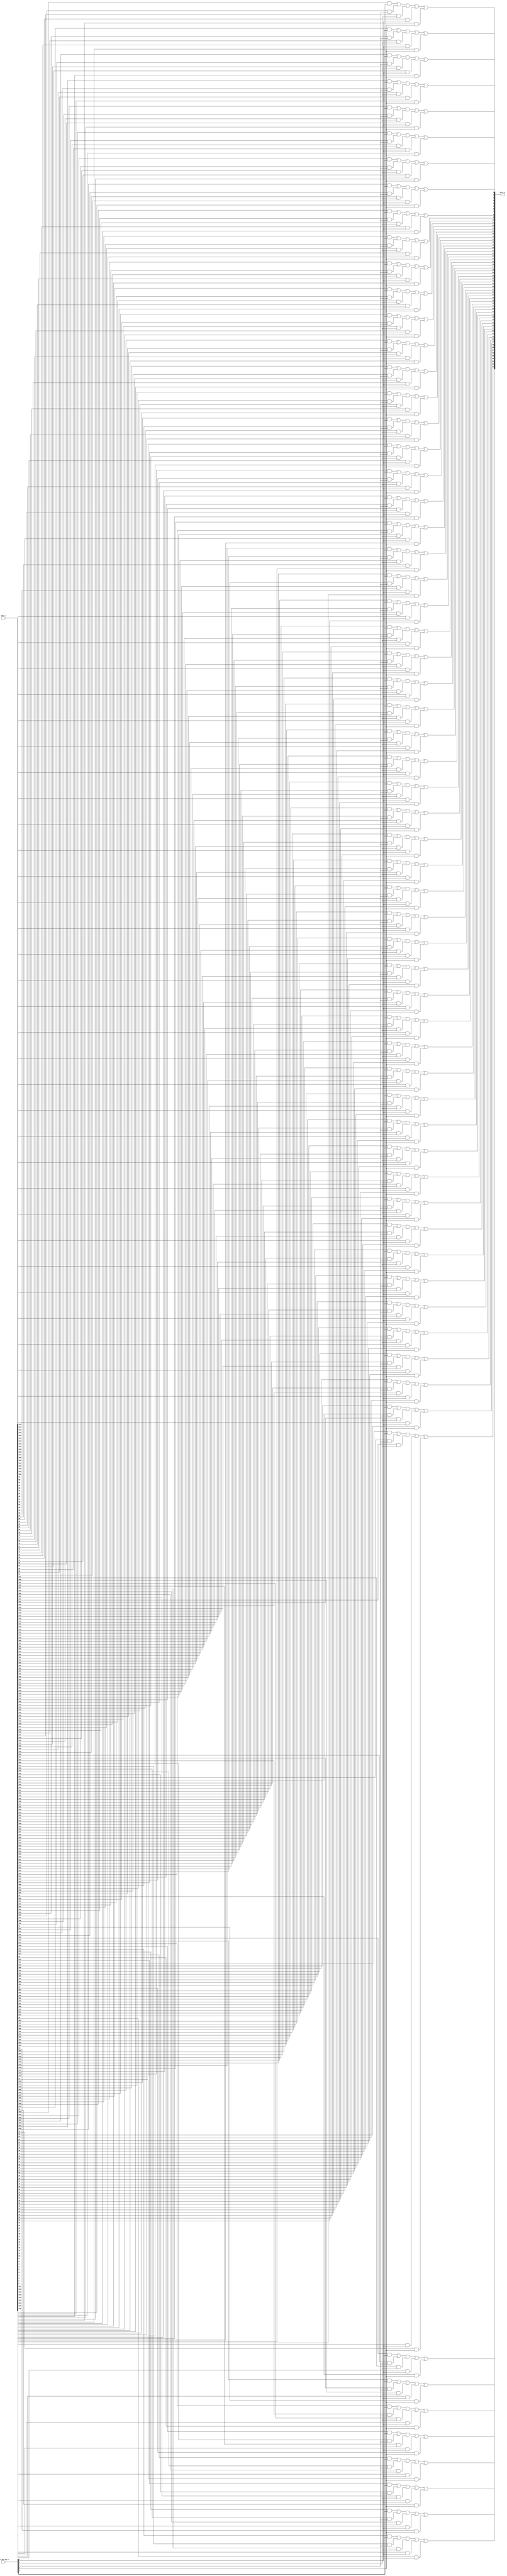
// This program was cloned from: https://github.com/NYU-MLDA/OpenABC
// License: BSD 3-Clause "New" or "Revised" License

module bsg_mux_one_hot_width_p64_els_p5
(
  data_i,
  sel_one_hot_i,
  data_o
);

  input [319:0] data_i;
  input [4:0] sel_one_hot_i;
  output [63:0] data_o;
  wire [63:0] data_o;
  wire N0,N1,N2,N3,N4,N5,N6,N7,N8,N9,N10,N11,N12,N13,N14,N15,N16,N17,N18,N19,N20,N21,
  N22,N23,N24,N25,N26,N27,N28,N29,N30,N31,N32,N33,N34,N35,N36,N37,N38,N39,N40,N41,
  N42,N43,N44,N45,N46,N47,N48,N49,N50,N51,N52,N53,N54,N55,N56,N57,N58,N59,N60,N61,
  N62,N63,N64,N65,N66,N67,N68,N69,N70,N71,N72,N73,N74,N75,N76,N77,N78,N79,N80,N81,
  N82,N83,N84,N85,N86,N87,N88,N89,N90,N91,N92,N93,N94,N95,N96,N97,N98,N99,N100,N101,
  N102,N103,N104,N105,N106,N107,N108,N109,N110,N111,N112,N113,N114,N115,N116,N117,
  N118,N119,N120,N121,N122,N123,N124,N125,N126,N127,N128,N129,N130,N131,N132,N133,
  N134,N135,N136,N137,N138,N139,N140,N141,N142,N143,N144,N145,N146,N147,N148,N149,
  N150,N151,N152,N153,N154,N155,N156,N157,N158,N159,N160,N161,N162,N163,N164,N165,
  N166,N167,N168,N169,N170,N171,N172,N173,N174,N175,N176,N177,N178,N179,N180,N181,
  N182,N183,N184,N185,N186,N187,N188,N189,N190,N191;
  wire [319:0] data_masked;
  assign data_masked[63] = data_i[63] & sel_one_hot_i[0];
  assign data_masked[62] = data_i[62] & sel_one_hot_i[0];
  assign data_masked[61] = data_i[61] & sel_one_hot_i[0];
  assign data_masked[60] = data_i[60] & sel_one_hot_i[0];
  assign data_masked[59] = data_i[59] & sel_one_hot_i[0];
  assign data_masked[58] = data_i[58] & sel_one_hot_i[0];
  assign data_masked[57] = data_i[57] & sel_one_hot_i[0];
  assign data_masked[56] = data_i[56] & sel_one_hot_i[0];
  assign data_masked[55] = data_i[55] & sel_one_hot_i[0];
  assign data_masked[54] = data_i[54] & sel_one_hot_i[0];
  assign data_masked[53] = data_i[53] & sel_one_hot_i[0];
  assign data_masked[52] = data_i[52] & sel_one_hot_i[0];
  assign data_masked[51] = data_i[51] & sel_one_hot_i[0];
  assign data_masked[50] = data_i[50] & sel_one_hot_i[0];
  assign data_masked[49] = data_i[49] & sel_one_hot_i[0];
  assign data_masked[48] = data_i[48] & sel_one_hot_i[0];
  assign data_masked[47] = data_i[47] & sel_one_hot_i[0];
  assign data_masked[46] = data_i[46] & sel_one_hot_i[0];
  assign data_masked[45] = data_i[45] & sel_one_hot_i[0];
  assign data_masked[44] = data_i[44] & sel_one_hot_i[0];
  assign data_masked[43] = data_i[43] & sel_one_hot_i[0];
  assign data_masked[42] = data_i[42] & sel_one_hot_i[0];
  assign data_masked[41] = data_i[41] & sel_one_hot_i[0];
  assign data_masked[40] = data_i[40] & sel_one_hot_i[0];
  assign data_masked[39] = data_i[39] & sel_one_hot_i[0];
  assign data_masked[38] = data_i[38] & sel_one_hot_i[0];
  assign data_masked[37] = data_i[37] & sel_one_hot_i[0];
  assign data_masked[36] = data_i[36] & sel_one_hot_i[0];
  assign data_masked[35] = data_i[35] & sel_one_hot_i[0];
  assign data_masked[34] = data_i[34] & sel_one_hot_i[0];
  assign data_masked[33] = data_i[33] & sel_one_hot_i[0];
  assign data_masked[32] = data_i[32] & sel_one_hot_i[0];
  assign data_masked[31] = data_i[31] & sel_one_hot_i[0];
  assign data_masked[30] = data_i[30] & sel_one_hot_i[0];
  assign data_masked[29] = data_i[29] & sel_one_hot_i[0];
  assign data_masked[28] = data_i[28] & sel_one_hot_i[0];
  assign data_masked[27] = data_i[27] & sel_one_hot_i[0];
  assign data_masked[26] = data_i[26] & sel_one_hot_i[0];
  assign data_masked[25] = data_i[25] & sel_one_hot_i[0];
  assign data_masked[24] = data_i[24] & sel_one_hot_i[0];
  assign data_masked[23] = data_i[23] & sel_one_hot_i[0];
  assign data_masked[22] = data_i[22] & sel_one_hot_i[0];
  assign data_masked[21] = data_i[21] & sel_one_hot_i[0];
  assign data_masked[20] = data_i[20] & sel_one_hot_i[0];
  assign data_masked[19] = data_i[19] & sel_one_hot_i[0];
  assign data_masked[18] = data_i[18] & sel_one_hot_i[0];
  assign data_masked[17] = data_i[17] & sel_one_hot_i[0];
  assign data_masked[16] = data_i[16] & sel_one_hot_i[0];
  assign data_masked[15] = data_i[15] & sel_one_hot_i[0];
  assign data_masked[14] = data_i[14] & sel_one_hot_i[0];
  assign data_masked[13] = data_i[13] & sel_one_hot_i[0];
  assign data_masked[12] = data_i[12] & sel_one_hot_i[0];
  assign data_masked[11] = data_i[11] & sel_one_hot_i[0];
  assign data_masked[10] = data_i[10] & sel_one_hot_i[0];
  assign data_masked[9] = data_i[9] & sel_one_hot_i[0];
  assign data_masked[8] = data_i[8] & sel_one_hot_i[0];
  assign data_masked[7] = data_i[7] & sel_one_hot_i[0];
  assign data_masked[6] = data_i[6] & sel_one_hot_i[0];
  assign data_masked[5] = data_i[5] & sel_one_hot_i[0];
  assign data_masked[4] = data_i[4] & sel_one_hot_i[0];
  assign data_masked[3] = data_i[3] & sel_one_hot_i[0];
  assign data_masked[2] = data_i[2] & sel_one_hot_i[0];
  assign data_masked[1] = data_i[1] & sel_one_hot_i[0];
  assign data_masked[0] = data_i[0] & sel_one_hot_i[0];
  assign data_masked[127] = data_i[127] & sel_one_hot_i[1];
  assign data_masked[126] = data_i[126] & sel_one_hot_i[1];
  assign data_masked[125] = data_i[125] & sel_one_hot_i[1];
  assign data_masked[124] = data_i[124] & sel_one_hot_i[1];
  assign data_masked[123] = data_i[123] & sel_one_hot_i[1];
  assign data_masked[122] = data_i[122] & sel_one_hot_i[1];
  assign data_masked[121] = data_i[121] & sel_one_hot_i[1];
  assign data_masked[120] = data_i[120] & sel_one_hot_i[1];
  assign data_masked[119] = data_i[119] & sel_one_hot_i[1];
  assign data_masked[118] = data_i[118] & sel_one_hot_i[1];
  assign data_masked[117] = data_i[117] & sel_one_hot_i[1];
  assign data_masked[116] = data_i[116] & sel_one_hot_i[1];
  assign data_masked[115] = data_i[115] & sel_one_hot_i[1];
  assign data_masked[114] = data_i[114] & sel_one_hot_i[1];
  assign data_masked[113] = data_i[113] & sel_one_hot_i[1];
  assign data_masked[112] = data_i[112] & sel_one_hot_i[1];
  assign data_masked[111] = data_i[111] & sel_one_hot_i[1];
  assign data_masked[110] = data_i[110] & sel_one_hot_i[1];
  assign data_masked[109] = data_i[109] & sel_one_hot_i[1];
  assign data_masked[108] = data_i[108] & sel_one_hot_i[1];
  assign data_masked[107] = data_i[107] & sel_one_hot_i[1];
  assign data_masked[106] = data_i[106] & sel_one_hot_i[1];
  assign data_masked[105] = data_i[105] & sel_one_hot_i[1];
  assign data_masked[104] = data_i[104] & sel_one_hot_i[1];
  assign data_masked[103] = data_i[103] & sel_one_hot_i[1];
  assign data_masked[102] = data_i[102] & sel_one_hot_i[1];
  assign data_masked[101] = data_i[101] & sel_one_hot_i[1];
  assign data_masked[100] = data_i[100] & sel_one_hot_i[1];
  assign data_masked[99] = data_i[99] & sel_one_hot_i[1];
  assign data_masked[98] = data_i[98] & sel_one_hot_i[1];
  assign data_masked[97] = data_i[97] & sel_one_hot_i[1];
  assign data_masked[96] = data_i[96] & sel_one_hot_i[1];
  assign data_masked[95] = data_i[95] & sel_one_hot_i[1];
  assign data_masked[94] = data_i[94] & sel_one_hot_i[1];
  assign data_masked[93] = data_i[93] & sel_one_hot_i[1];
  assign data_masked[92] = data_i[92] & sel_one_hot_i[1];
  assign data_masked[91] = data_i[91] & sel_one_hot_i[1];
  assign data_masked[90] = data_i[90] & sel_one_hot_i[1];
  assign data_masked[89] = data_i[89] & sel_one_hot_i[1];
  assign data_masked[88] = data_i[88] & sel_one_hot_i[1];
  assign data_masked[87] = data_i[87] & sel_one_hot_i[1];
  assign data_masked[86] = data_i[86] & sel_one_hot_i[1];
  assign data_masked[85] = data_i[85] & sel_one_hot_i[1];
  assign data_masked[84] = data_i[84] & sel_one_hot_i[1];
  assign data_masked[83] = data_i[83] & sel_one_hot_i[1];
  assign data_masked[82] = data_i[82] & sel_one_hot_i[1];
  assign data_masked[81] = data_i[81] & sel_one_hot_i[1];
  assign data_masked[80] = data_i[80] & sel_one_hot_i[1];
  assign data_masked[79] = data_i[79] & sel_one_hot_i[1];
  assign data_masked[78] = data_i[78] & sel_one_hot_i[1];
  assign data_masked[77] = data_i[77] & sel_one_hot_i[1];
  assign data_masked[76] = data_i[76] & sel_one_hot_i[1];
  assign data_masked[75] = data_i[75] & sel_one_hot_i[1];
  assign data_masked[74] = data_i[74] & sel_one_hot_i[1];
  assign data_masked[73] = data_i[73] & sel_one_hot_i[1];
  assign data_masked[72] = data_i[72] & sel_one_hot_i[1];
  assign data_masked[71] = data_i[71] & sel_one_hot_i[1];
  assign data_masked[70] = data_i[70] & sel_one_hot_i[1];
  assign data_masked[69] = data_i[69] & sel_one_hot_i[1];
  assign data_masked[68] = data_i[68] & sel_one_hot_i[1];
  assign data_masked[67] = data_i[67] & sel_one_hot_i[1];
  assign data_masked[66] = data_i[66] & sel_one_hot_i[1];
  assign data_masked[65] = data_i[65] & sel_one_hot_i[1];
  assign data_masked[64] = data_i[64] & sel_one_hot_i[1];
  assign data_masked[191] = data_i[191] & sel_one_hot_i[2];
  assign data_masked[190] = data_i[190] & sel_one_hot_i[2];
  assign data_masked[189] = data_i[189] & sel_one_hot_i[2];
  assign data_masked[188] = data_i[188] & sel_one_hot_i[2];
  assign data_masked[187] = data_i[187] & sel_one_hot_i[2];
  assign data_masked[186] = data_i[186] & sel_one_hot_i[2];
  assign data_masked[185] = data_i[185] & sel_one_hot_i[2];
  assign data_masked[184] = data_i[184] & sel_one_hot_i[2];
  assign data_masked[183] = data_i[183] & sel_one_hot_i[2];
  assign data_masked[182] = data_i[182] & sel_one_hot_i[2];
  assign data_masked[181] = data_i[181] & sel_one_hot_i[2];
  assign data_masked[180] = data_i[180] & sel_one_hot_i[2];
  assign data_masked[179] = data_i[179] & sel_one_hot_i[2];
  assign data_masked[178] = data_i[178] & sel_one_hot_i[2];
  assign data_masked[177] = data_i[177] & sel_one_hot_i[2];
  assign data_masked[176] = data_i[176] & sel_one_hot_i[2];
  assign data_masked[175] = data_i[175] & sel_one_hot_i[2];
  assign data_masked[174] = data_i[174] & sel_one_hot_i[2];
  assign data_masked[173] = data_i[173] & sel_one_hot_i[2];
  assign data_masked[172] = data_i[172] & sel_one_hot_i[2];
  assign data_masked[171] = data_i[171] & sel_one_hot_i[2];
  assign data_masked[170] = data_i[170] & sel_one_hot_i[2];
  assign data_masked[169] = data_i[169] & sel_one_hot_i[2];
  assign data_masked[168] = data_i[168] & sel_one_hot_i[2];
  assign data_masked[167] = data_i[167] & sel_one_hot_i[2];
  assign data_masked[166] = data_i[166] & sel_one_hot_i[2];
  assign data_masked[165] = data_i[165] & sel_one_hot_i[2];
  assign data_masked[164] = data_i[164] & sel_one_hot_i[2];
  assign data_masked[163] = data_i[163] & sel_one_hot_i[2];
  assign data_masked[162] = data_i[162] & sel_one_hot_i[2];
  assign data_masked[161] = data_i[161] & sel_one_hot_i[2];
  assign data_masked[160] = data_i[160] & sel_one_hot_i[2];
  assign data_masked[159] = data_i[159] & sel_one_hot_i[2];
  assign data_masked[158] = data_i[158] & sel_one_hot_i[2];
  assign data_masked[157] = data_i[157] & sel_one_hot_i[2];
  assign data_masked[156] = data_i[156] & sel_one_hot_i[2];
  assign data_masked[155] = data_i[155] & sel_one_hot_i[2];
  assign data_masked[154] = data_i[154] & sel_one_hot_i[2];
  assign data_masked[153] = data_i[153] & sel_one_hot_i[2];
  assign data_masked[152] = data_i[152] & sel_one_hot_i[2];
  assign data_masked[151] = data_i[151] & sel_one_hot_i[2];
  assign data_masked[150] = data_i[150] & sel_one_hot_i[2];
  assign data_masked[149] = data_i[149] & sel_one_hot_i[2];
  assign data_masked[148] = data_i[148] & sel_one_hot_i[2];
  assign data_masked[147] = data_i[147] & sel_one_hot_i[2];
  assign data_masked[146] = data_i[146] & sel_one_hot_i[2];
  assign data_masked[145] = data_i[145] & sel_one_hot_i[2];
  assign data_masked[144] = data_i[144] & sel_one_hot_i[2];
  assign data_masked[143] = data_i[143] & sel_one_hot_i[2];
  assign data_masked[142] = data_i[142] & sel_one_hot_i[2];
  assign data_masked[141] = data_i[141] & sel_one_hot_i[2];
  assign data_masked[140] = data_i[140] & sel_one_hot_i[2];
  assign data_masked[139] = data_i[139] & sel_one_hot_i[2];
  assign data_masked[138] = data_i[138] & sel_one_hot_i[2];
  assign data_masked[137] = data_i[137] & sel_one_hot_i[2];
  assign data_masked[136] = data_i[136] & sel_one_hot_i[2];
  assign data_masked[135] = data_i[135] & sel_one_hot_i[2];
  assign data_masked[134] = data_i[134] & sel_one_hot_i[2];
  assign data_masked[133] = data_i[133] & sel_one_hot_i[2];
  assign data_masked[132] = data_i[132] & sel_one_hot_i[2];
  assign data_masked[131] = data_i[131] & sel_one_hot_i[2];
  assign data_masked[130] = data_i[130] & sel_one_hot_i[2];
  assign data_masked[129] = data_i[129] & sel_one_hot_i[2];
  assign data_masked[128] = data_i[128] & sel_one_hot_i[2];
  assign data_masked[255] = data_i[255] & sel_one_hot_i[3];
  assign data_masked[254] = data_i[254] & sel_one_hot_i[3];
  assign data_masked[253] = data_i[253] & sel_one_hot_i[3];
  assign data_masked[252] = data_i[252] & sel_one_hot_i[3];
  assign data_masked[251] = data_i[251] & sel_one_hot_i[3];
  assign data_masked[250] = data_i[250] & sel_one_hot_i[3];
  assign data_masked[249] = data_i[249] & sel_one_hot_i[3];
  assign data_masked[248] = data_i[248] & sel_one_hot_i[3];
  assign data_masked[247] = data_i[247] & sel_one_hot_i[3];
  assign data_masked[246] = data_i[246] & sel_one_hot_i[3];
  assign data_masked[245] = data_i[245] & sel_one_hot_i[3];
  assign data_masked[244] = data_i[244] & sel_one_hot_i[3];
  assign data_masked[243] = data_i[243] & sel_one_hot_i[3];
  assign data_masked[242] = data_i[242] & sel_one_hot_i[3];
  assign data_masked[241] = data_i[241] & sel_one_hot_i[3];
  assign data_masked[240] = data_i[240] & sel_one_hot_i[3];
  assign data_masked[239] = data_i[239] & sel_one_hot_i[3];
  assign data_masked[238] = data_i[238] & sel_one_hot_i[3];
  assign data_masked[237] = data_i[237] & sel_one_hot_i[3];
  assign data_masked[236] = data_i[236] & sel_one_hot_i[3];
  assign data_masked[235] = data_i[235] & sel_one_hot_i[3];
  assign data_masked[234] = data_i[234] & sel_one_hot_i[3];
  assign data_masked[233] = data_i[233] & sel_one_hot_i[3];
  assign data_masked[232] = data_i[232] & sel_one_hot_i[3];
  assign data_masked[231] = data_i[231] & sel_one_hot_i[3];
  assign data_masked[230] = data_i[230] & sel_one_hot_i[3];
  assign data_masked[229] = data_i[229] & sel_one_hot_i[3];
  assign data_masked[228] = data_i[228] & sel_one_hot_i[3];
  assign data_masked[227] = data_i[227] & sel_one_hot_i[3];
  assign data_masked[226] = data_i[226] & sel_one_hot_i[3];
  assign data_masked[225] = data_i[225] & sel_one_hot_i[3];
  assign data_masked[224] = data_i[224] & sel_one_hot_i[3];
  assign data_masked[223] = data_i[223] & sel_one_hot_i[3];
  assign data_masked[222] = data_i[222] & sel_one_hot_i[3];
  assign data_masked[221] = data_i[221] & sel_one_hot_i[3];
  assign data_masked[220] = data_i[220] & sel_one_hot_i[3];
  assign data_masked[219] = data_i[219] & sel_one_hot_i[3];
  assign data_masked[218] = data_i[218] & sel_one_hot_i[3];
  assign data_masked[217] = data_i[217] & sel_one_hot_i[3];
  assign data_masked[216] = data_i[216] & sel_one_hot_i[3];
  assign data_masked[215] = data_i[215] & sel_one_hot_i[3];
  assign data_masked[214] = data_i[214] & sel_one_hot_i[3];
  assign data_masked[213] = data_i[213] & sel_one_hot_i[3];
  assign data_masked[212] = data_i[212] & sel_one_hot_i[3];
  assign data_masked[211] = data_i[211] & sel_one_hot_i[3];
  assign data_masked[210] = data_i[210] & sel_one_hot_i[3];
  assign data_masked[209] = data_i[209] & sel_one_hot_i[3];
  assign data_masked[208] = data_i[208] & sel_one_hot_i[3];
  assign data_masked[207] = data_i[207] & sel_one_hot_i[3];
  assign data_masked[206] = data_i[206] & sel_one_hot_i[3];
  assign data_masked[205] = data_i[205] & sel_one_hot_i[3];
  assign data_masked[204] = data_i[204] & sel_one_hot_i[3];
  assign data_masked[203] = data_i[203] & sel_one_hot_i[3];
  assign data_masked[202] = data_i[202] & sel_one_hot_i[3];
  assign data_masked[201] = data_i[201] & sel_one_hot_i[3];
  assign data_masked[200] = data_i[200] & sel_one_hot_i[3];
  assign data_masked[199] = data_i[199] & sel_one_hot_i[3];
  assign data_masked[198] = data_i[198] & sel_one_hot_i[3];
  assign data_masked[197] = data_i[197] & sel_one_hot_i[3];
  assign data_masked[196] = data_i[196] & sel_one_hot_i[3];
  assign data_masked[195] = data_i[195] & sel_one_hot_i[3];
  assign data_masked[194] = data_i[194] & sel_one_hot_i[3];
  assign data_masked[193] = data_i[193] & sel_one_hot_i[3];
  assign data_masked[192] = data_i[192] & sel_one_hot_i[3];
  assign data_masked[319] = data_i[319] & sel_one_hot_i[4];
  assign data_masked[318] = data_i[318] & sel_one_hot_i[4];
  assign data_masked[317] = data_i[317] & sel_one_hot_i[4];
  assign data_masked[316] = data_i[316] & sel_one_hot_i[4];
  assign data_masked[315] = data_i[315] & sel_one_hot_i[4];
  assign data_masked[314] = data_i[314] & sel_one_hot_i[4];
  assign data_masked[313] = data_i[313] & sel_one_hot_i[4];
  assign data_masked[312] = data_i[312] & sel_one_hot_i[4];
  assign data_masked[311] = data_i[311] & sel_one_hot_i[4];
  assign data_masked[310] = data_i[310] & sel_one_hot_i[4];
  assign data_masked[309] = data_i[309] & sel_one_hot_i[4];
  assign data_masked[308] = data_i[308] & sel_one_hot_i[4];
  assign data_masked[307] = data_i[307] & sel_one_hot_i[4];
  assign data_masked[306] = data_i[306] & sel_one_hot_i[4];
  assign data_masked[305] = data_i[305] & sel_one_hot_i[4];
  assign data_masked[304] = data_i[304] & sel_one_hot_i[4];
  assign data_masked[303] = data_i[303] & sel_one_hot_i[4];
  assign data_masked[302] = data_i[302] & sel_one_hot_i[4];
  assign data_masked[301] = data_i[301] & sel_one_hot_i[4];
  assign data_masked[300] = data_i[300] & sel_one_hot_i[4];
  assign data_masked[299] = data_i[299] & sel_one_hot_i[4];
  assign data_masked[298] = data_i[298] & sel_one_hot_i[4];
  assign data_masked[297] = data_i[297] & sel_one_hot_i[4];
  assign data_masked[296] = data_i[296] & sel_one_hot_i[4];
  assign data_masked[295] = data_i[295] & sel_one_hot_i[4];
  assign data_masked[294] = data_i[294] & sel_one_hot_i[4];
  assign data_masked[293] = data_i[293] & sel_one_hot_i[4];
  assign data_masked[292] = data_i[292] & sel_one_hot_i[4];
  assign data_masked[291] = data_i[291] & sel_one_hot_i[4];
  assign data_masked[290] = data_i[290] & sel_one_hot_i[4];
  assign data_masked[289] = data_i[289] & sel_one_hot_i[4];
  assign data_masked[288] = data_i[288] & sel_one_hot_i[4];
  assign data_masked[287] = data_i[287] & sel_one_hot_i[4];
  assign data_masked[286] = data_i[286] & sel_one_hot_i[4];
  assign data_masked[285] = data_i[285] & sel_one_hot_i[4];
  assign data_masked[284] = data_i[284] & sel_one_hot_i[4];
  assign data_masked[283] = data_i[283] & sel_one_hot_i[4];
  assign data_masked[282] = data_i[282] & sel_one_hot_i[4];
  assign data_masked[281] = data_i[281] & sel_one_hot_i[4];
  assign data_masked[280] = data_i[280] & sel_one_hot_i[4];
  assign data_masked[279] = data_i[279] & sel_one_hot_i[4];
  assign data_masked[278] = data_i[278] & sel_one_hot_i[4];
  assign data_masked[277] = data_i[277] & sel_one_hot_i[4];
  assign data_masked[276] = data_i[276] & sel_one_hot_i[4];
  assign data_masked[275] = data_i[275] & sel_one_hot_i[4];
  assign data_masked[274] = data_i[274] & sel_one_hot_i[4];
  assign data_masked[273] = data_i[273] & sel_one_hot_i[4];
  assign data_masked[272] = data_i[272] & sel_one_hot_i[4];
  assign data_masked[271] = data_i[271] & sel_one_hot_i[4];
  assign data_masked[270] = data_i[270] & sel_one_hot_i[4];
  assign data_masked[269] = data_i[269] & sel_one_hot_i[4];
  assign data_masked[268] = data_i[268] & sel_one_hot_i[4];
  assign data_masked[267] = data_i[267] & sel_one_hot_i[4];
  assign data_masked[266] = data_i[266] & sel_one_hot_i[4];
  assign data_masked[265] = data_i[265] & sel_one_hot_i[4];
  assign data_masked[264] = data_i[264] & sel_one_hot_i[4];
  assign data_masked[263] = data_i[263] & sel_one_hot_i[4];
  assign data_masked[262] = data_i[262] & sel_one_hot_i[4];
  assign data_masked[261] = data_i[261] & sel_one_hot_i[4];
  assign data_masked[260] = data_i[260] & sel_one_hot_i[4];
  assign data_masked[259] = data_i[259] & sel_one_hot_i[4];
  assign data_masked[258] = data_i[258] & sel_one_hot_i[4];
  assign data_masked[257] = data_i[257] & sel_one_hot_i[4];
  assign data_masked[256] = data_i[256] & sel_one_hot_i[4];
  assign data_o[0] = N2 | data_masked[0];
  assign N2 = N1 | data_masked[64];
  assign N1 = N0 | data_masked[128];
  assign N0 = data_masked[256] | data_masked[192];
  assign data_o[1] = N5 | data_masked[1];
  assign N5 = N4 | data_masked[65];
  assign N4 = N3 | data_masked[129];
  assign N3 = data_masked[257] | data_masked[193];
  assign data_o[2] = N8 | data_masked[2];
  assign N8 = N7 | data_masked[66];
  assign N7 = N6 | data_masked[130];
  assign N6 = data_masked[258] | data_masked[194];
  assign data_o[3] = N11 | data_masked[3];
  assign N11 = N10 | data_masked[67];
  assign N10 = N9 | data_masked[131];
  assign N9 = data_masked[259] | data_masked[195];
  assign data_o[4] = N14 | data_masked[4];
  assign N14 = N13 | data_masked[68];
  assign N13 = N12 | data_masked[132];
  assign N12 = data_masked[260] | data_masked[196];
  assign data_o[5] = N17 | data_masked[5];
  assign N17 = N16 | data_masked[69];
  assign N16 = N15 | data_masked[133];
  assign N15 = data_masked[261] | data_masked[197];
  assign data_o[6] = N20 | data_masked[6];
  assign N20 = N19 | data_masked[70];
  assign N19 = N18 | data_masked[134];
  assign N18 = data_masked[262] | data_masked[198];
  assign data_o[7] = N23 | data_masked[7];
  assign N23 = N22 | data_masked[71];
  assign N22 = N21 | data_masked[135];
  assign N21 = data_masked[263] | data_masked[199];
  assign data_o[8] = N26 | data_masked[8];
  assign N26 = N25 | data_masked[72];
  assign N25 = N24 | data_masked[136];
  assign N24 = data_masked[264] | data_masked[200];
  assign data_o[9] = N29 | data_masked[9];
  assign N29 = N28 | data_masked[73];
  assign N28 = N27 | data_masked[137];
  assign N27 = data_masked[265] | data_masked[201];
  assign data_o[10] = N32 | data_masked[10];
  assign N32 = N31 | data_masked[74];
  assign N31 = N30 | data_masked[138];
  assign N30 = data_masked[266] | data_masked[202];
  assign data_o[11] = N35 | data_masked[11];
  assign N35 = N34 | data_masked[75];
  assign N34 = N33 | data_masked[139];
  assign N33 = data_masked[267] | data_masked[203];
  assign data_o[12] = N38 | data_masked[12];
  assign N38 = N37 | data_masked[76];
  assign N37 = N36 | data_masked[140];
  assign N36 = data_masked[268] | data_masked[204];
  assign data_o[13] = N41 | data_masked[13];
  assign N41 = N40 | data_masked[77];
  assign N40 = N39 | data_masked[141];
  assign N39 = data_masked[269] | data_masked[205];
  assign data_o[14] = N44 | data_masked[14];
  assign N44 = N43 | data_masked[78];
  assign N43 = N42 | data_masked[142];
  assign N42 = data_masked[270] | data_masked[206];
  assign data_o[15] = N47 | data_masked[15];
  assign N47 = N46 | data_masked[79];
  assign N46 = N45 | data_masked[143];
  assign N45 = data_masked[271] | data_masked[207];
  assign data_o[16] = N50 | data_masked[16];
  assign N50 = N49 | data_masked[80];
  assign N49 = N48 | data_masked[144];
  assign N48 = data_masked[272] | data_masked[208];
  assign data_o[17] = N53 | data_masked[17];
  assign N53 = N52 | data_masked[81];
  assign N52 = N51 | data_masked[145];
  assign N51 = data_masked[273] | data_masked[209];
  assign data_o[18] = N56 | data_masked[18];
  assign N56 = N55 | data_masked[82];
  assign N55 = N54 | data_masked[146];
  assign N54 = data_masked[274] | data_masked[210];
  assign data_o[19] = N59 | data_masked[19];
  assign N59 = N58 | data_masked[83];
  assign N58 = N57 | data_masked[147];
  assign N57 = data_masked[275] | data_masked[211];
  assign data_o[20] = N62 | data_masked[20];
  assign N62 = N61 | data_masked[84];
  assign N61 = N60 | data_masked[148];
  assign N60 = data_masked[276] | data_masked[212];
  assign data_o[21] = N65 | data_masked[21];
  assign N65 = N64 | data_masked[85];
  assign N64 = N63 | data_masked[149];
  assign N63 = data_masked[277] | data_masked[213];
  assign data_o[22] = N68 | data_masked[22];
  assign N68 = N67 | data_masked[86];
  assign N67 = N66 | data_masked[150];
  assign N66 = data_masked[278] | data_masked[214];
  assign data_o[23] = N71 | data_masked[23];
  assign N71 = N70 | data_masked[87];
  assign N70 = N69 | data_masked[151];
  assign N69 = data_masked[279] | data_masked[215];
  assign data_o[24] = N74 | data_masked[24];
  assign N74 = N73 | data_masked[88];
  assign N73 = N72 | data_masked[152];
  assign N72 = data_masked[280] | data_masked[216];
  assign data_o[25] = N77 | data_masked[25];
  assign N77 = N76 | data_masked[89];
  assign N76 = N75 | data_masked[153];
  assign N75 = data_masked[281] | data_masked[217];
  assign data_o[26] = N80 | data_masked[26];
  assign N80 = N79 | data_masked[90];
  assign N79 = N78 | data_masked[154];
  assign N78 = data_masked[282] | data_masked[218];
  assign data_o[27] = N83 | data_masked[27];
  assign N83 = N82 | data_masked[91];
  assign N82 = N81 | data_masked[155];
  assign N81 = data_masked[283] | data_masked[219];
  assign data_o[28] = N86 | data_masked[28];
  assign N86 = N85 | data_masked[92];
  assign N85 = N84 | data_masked[156];
  assign N84 = data_masked[284] | data_masked[220];
  assign data_o[29] = N89 | data_masked[29];
  assign N89 = N88 | data_masked[93];
  assign N88 = N87 | data_masked[157];
  assign N87 = data_masked[285] | data_masked[221];
  assign data_o[30] = N92 | data_masked[30];
  assign N92 = N91 | data_masked[94];
  assign N91 = N90 | data_masked[158];
  assign N90 = data_masked[286] | data_masked[222];
  assign data_o[31] = N95 | data_masked[31];
  assign N95 = N94 | data_masked[95];
  assign N94 = N93 | data_masked[159];
  assign N93 = data_masked[287] | data_masked[223];
  assign data_o[32] = N98 | data_masked[32];
  assign N98 = N97 | data_masked[96];
  assign N97 = N96 | data_masked[160];
  assign N96 = data_masked[288] | data_masked[224];
  assign data_o[33] = N101 | data_masked[33];
  assign N101 = N100 | data_masked[97];
  assign N100 = N99 | data_masked[161];
  assign N99 = data_masked[289] | data_masked[225];
  assign data_o[34] = N104 | data_masked[34];
  assign N104 = N103 | data_masked[98];
  assign N103 = N102 | data_masked[162];
  assign N102 = data_masked[290] | data_masked[226];
  assign data_o[35] = N107 | data_masked[35];
  assign N107 = N106 | data_masked[99];
  assign N106 = N105 | data_masked[163];
  assign N105 = data_masked[291] | data_masked[227];
  assign data_o[36] = N110 | data_masked[36];
  assign N110 = N109 | data_masked[100];
  assign N109 = N108 | data_masked[164];
  assign N108 = data_masked[292] | data_masked[228];
  assign data_o[37] = N113 | data_masked[37];
  assign N113 = N112 | data_masked[101];
  assign N112 = N111 | data_masked[165];
  assign N111 = data_masked[293] | data_masked[229];
  assign data_o[38] = N116 | data_masked[38];
  assign N116 = N115 | data_masked[102];
  assign N115 = N114 | data_masked[166];
  assign N114 = data_masked[294] | data_masked[230];
  assign data_o[39] = N119 | data_masked[39];
  assign N119 = N118 | data_masked[103];
  assign N118 = N117 | data_masked[167];
  assign N117 = data_masked[295] | data_masked[231];
  assign data_o[40] = N122 | data_masked[40];
  assign N122 = N121 | data_masked[104];
  assign N121 = N120 | data_masked[168];
  assign N120 = data_masked[296] | data_masked[232];
  assign data_o[41] = N125 | data_masked[41];
  assign N125 = N124 | data_masked[105];
  assign N124 = N123 | data_masked[169];
  assign N123 = data_masked[297] | data_masked[233];
  assign data_o[42] = N128 | data_masked[42];
  assign N128 = N127 | data_masked[106];
  assign N127 = N126 | data_masked[170];
  assign N126 = data_masked[298] | data_masked[234];
  assign data_o[43] = N131 | data_masked[43];
  assign N131 = N130 | data_masked[107];
  assign N130 = N129 | data_masked[171];
  assign N129 = data_masked[299] | data_masked[235];
  assign data_o[44] = N134 | data_masked[44];
  assign N134 = N133 | data_masked[108];
  assign N133 = N132 | data_masked[172];
  assign N132 = data_masked[300] | data_masked[236];
  assign data_o[45] = N137 | data_masked[45];
  assign N137 = N136 | data_masked[109];
  assign N136 = N135 | data_masked[173];
  assign N135 = data_masked[301] | data_masked[237];
  assign data_o[46] = N140 | data_masked[46];
  assign N140 = N139 | data_masked[110];
  assign N139 = N138 | data_masked[174];
  assign N138 = data_masked[302] | data_masked[238];
  assign data_o[47] = N143 | data_masked[47];
  assign N143 = N142 | data_masked[111];
  assign N142 = N141 | data_masked[175];
  assign N141 = data_masked[303] | data_masked[239];
  assign data_o[48] = N146 | data_masked[48];
  assign N146 = N145 | data_masked[112];
  assign N145 = N144 | data_masked[176];
  assign N144 = data_masked[304] | data_masked[240];
  assign data_o[49] = N149 | data_masked[49];
  assign N149 = N148 | data_masked[113];
  assign N148 = N147 | data_masked[177];
  assign N147 = data_masked[305] | data_masked[241];
  assign data_o[50] = N152 | data_masked[50];
  assign N152 = N151 | data_masked[114];
  assign N151 = N150 | data_masked[178];
  assign N150 = data_masked[306] | data_masked[242];
  assign data_o[51] = N155 | data_masked[51];
  assign N155 = N154 | data_masked[115];
  assign N154 = N153 | data_masked[179];
  assign N153 = data_masked[307] | data_masked[243];
  assign data_o[52] = N158 | data_masked[52];
  assign N158 = N157 | data_masked[116];
  assign N157 = N156 | data_masked[180];
  assign N156 = data_masked[308] | data_masked[244];
  assign data_o[53] = N161 | data_masked[53];
  assign N161 = N160 | data_masked[117];
  assign N160 = N159 | data_masked[181];
  assign N159 = data_masked[309] | data_masked[245];
  assign data_o[54] = N164 | data_masked[54];
  assign N164 = N163 | data_masked[118];
  assign N163 = N162 | data_masked[182];
  assign N162 = data_masked[310] | data_masked[246];
  assign data_o[55] = N167 | data_masked[55];
  assign N167 = N166 | data_masked[119];
  assign N166 = N165 | data_masked[183];
  assign N165 = data_masked[311] | data_masked[247];
  assign data_o[56] = N170 | data_masked[56];
  assign N170 = N169 | data_masked[120];
  assign N169 = N168 | data_masked[184];
  assign N168 = data_masked[312] | data_masked[248];
  assign data_o[57] = N173 | data_masked[57];
  assign N173 = N172 | data_masked[121];
  assign N172 = N171 | data_masked[185];
  assign N171 = data_masked[313] | data_masked[249];
  assign data_o[58] = N176 | data_masked[58];
  assign N176 = N175 | data_masked[122];
  assign N175 = N174 | data_masked[186];
  assign N174 = data_masked[314] | data_masked[250];
  assign data_o[59] = N179 | data_masked[59];
  assign N179 = N178 | data_masked[123];
  assign N178 = N177 | data_masked[187];
  assign N177 = data_masked[315] | data_masked[251];
  assign data_o[60] = N182 | data_masked[60];
  assign N182 = N181 | data_masked[124];
  assign N181 = N180 | data_masked[188];
  assign N180 = data_masked[316] | data_masked[252];
  assign data_o[61] = N185 | data_masked[61];
  assign N185 = N184 | data_masked[125];
  assign N184 = N183 | data_masked[189];
  assign N183 = data_masked[317] | data_masked[253];
  assign data_o[62] = N188 | data_masked[62];
  assign N188 = N187 | data_masked[126];
  assign N187 = N186 | data_masked[190];
  assign N186 = data_masked[318] | data_masked[254];
  assign data_o[63] = N191 | data_masked[63];
  assign N191 = N190 | data_masked[127];
  assign N190 = N189 | data_masked[191];
  assign N189 = data_masked[319] | data_masked[255];

endmodule